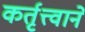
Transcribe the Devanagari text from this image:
कर्तृत्त्वाने